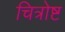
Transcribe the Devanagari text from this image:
चित्रोष्ट